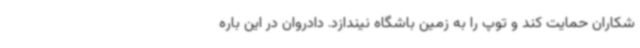
شکاران حمایت کند و توپ را به زمین باشگاه نیندازد. دادروان در این باره